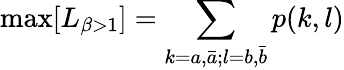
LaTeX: \mathrm{max}[L_{\beta>1}]=\sum_{k=a,\bar{a};l=b,\bar{b}}p(k,l)